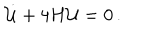
LaTeX: \dot { \cal U } + 4 H { \cal U } = 0 \, .